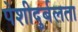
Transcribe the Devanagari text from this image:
पेशीदुर्बलता